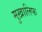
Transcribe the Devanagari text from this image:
मुख़ालिफ